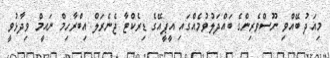
މިއަދު ބޭއްވި ނޫސްވެރިންގެ ބައްދަލުވުމެއްގައި އީޕީއޭގެ ޑިރެކްޓާ ޖެނެރަލް އިބްރާހިމް ނައީމް ވިދާޅުވީ